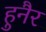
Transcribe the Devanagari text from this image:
हुनैर